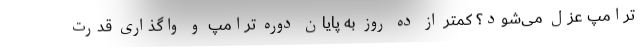
ترامپ عزل می‌شود؟ کمتر از ده روز به پایان دوره ترامپ و واگذاری قدرت